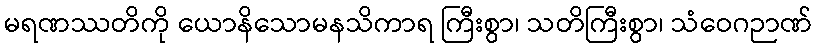
မရဏဿတိကို ယောနိသောမနသိကာရ ကြီးစွာ၊ သတိကြီးစွာ၊ သံဝေဂဉာဏ်